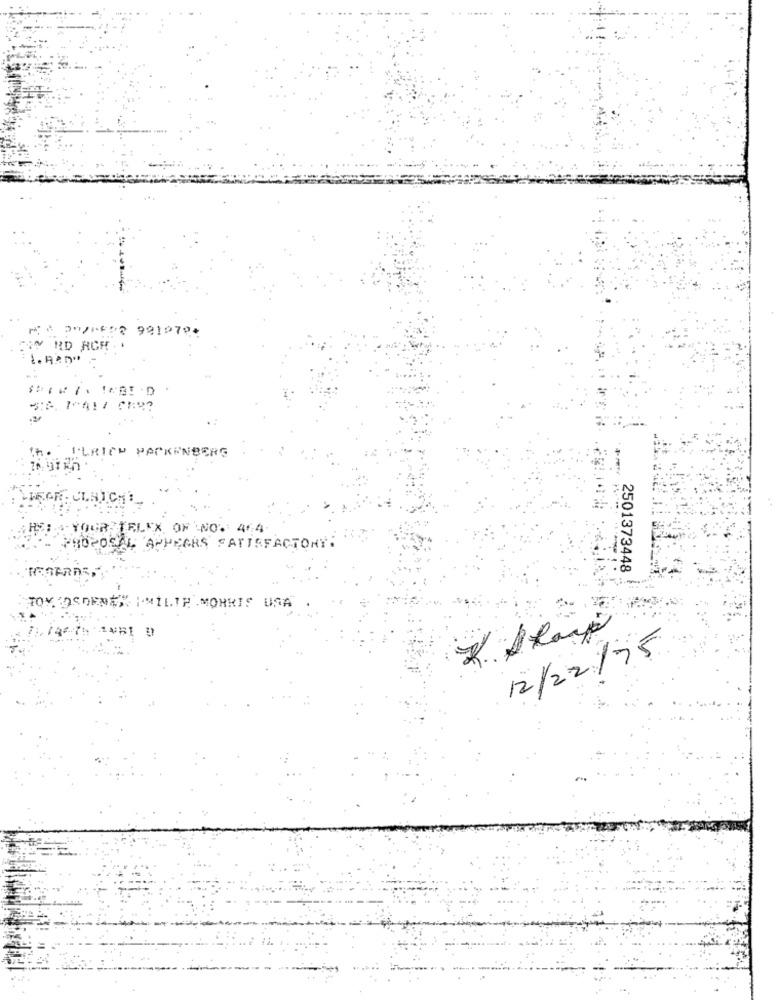
0/2 9917₱+
RD ACH . .
IOAIT CE ??
ULRICH PACKENBERG
YOUR TELEX OF NO. 464
PROPOSAL APPEARS SATISFACTORY.
2501373448
$HIMILTE .MORRIS USA
12/22/75